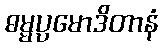
ဓမ္မပ္ပမောဒိတာနံ